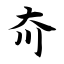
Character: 夼